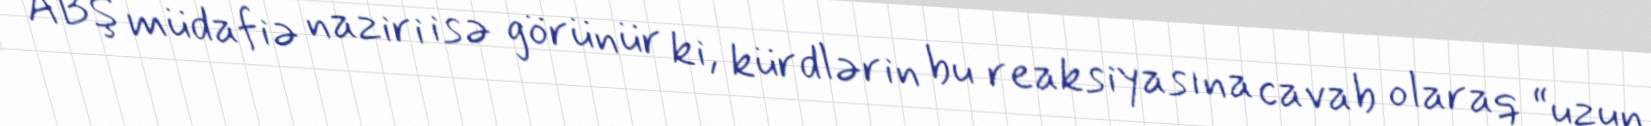
ABŞ müdafiə naziri isə görünür ki, kürdlərin bu reaksiyasına cavab olaraq “uzun